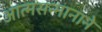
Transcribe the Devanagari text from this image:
आत्मसन्मानाने